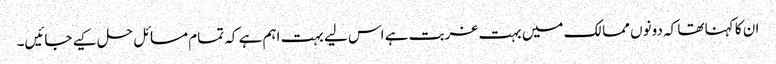
ان کا کہنا تھا کہ دونوں ممالک میں بہت غربت ہے اس لیے بہت اہم ہے کہ تمام مسائل حل کیے جائیں۔